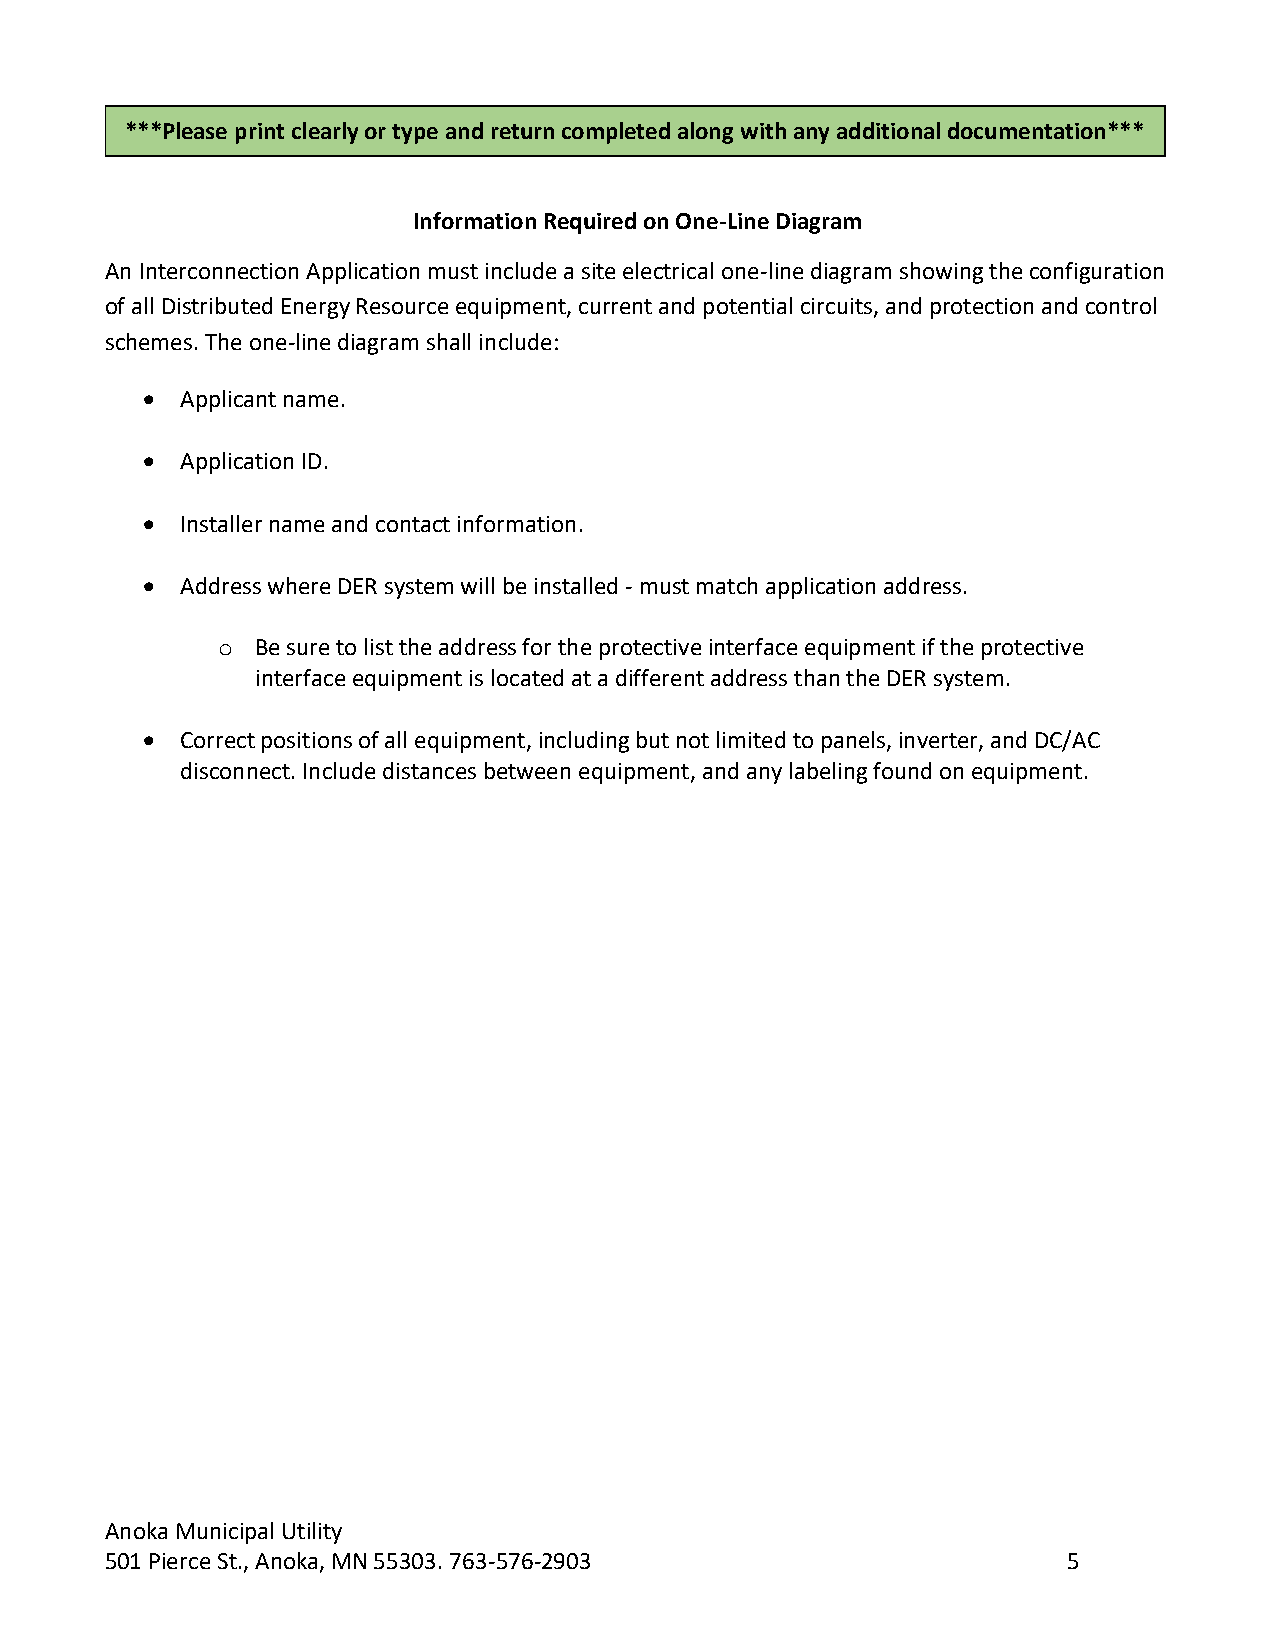
***Please print clearly or type and return completed along with any additional documentation***
 Information Required on One-Line Diagram
 An Interconnection Application must include a site electrical one-line diagram showing the configuration
 of all Distributed Energy Resource equipment, current and potential circuits, and protection and control
 schemes. The one-line diagram shall include:
   Applicant name.
   Application ID.
   Installer name and contact information.
   Address where DER system will be installed - must match application address.
 o  Be sure to list the address for the protective interface equipment if the protective
 interface equipment is located at a different address than the DER system.
   Correct positions of all equipment, including but not limited to panels, inverter, and DC/AC
 disconnect. Include distances between equipment, and any labeling found on equipment.
 Anoka Municipal Utility
 501 Pierce St., Anoka, MN 55303. 763-576-2903                   5